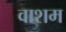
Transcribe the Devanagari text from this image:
वाशम